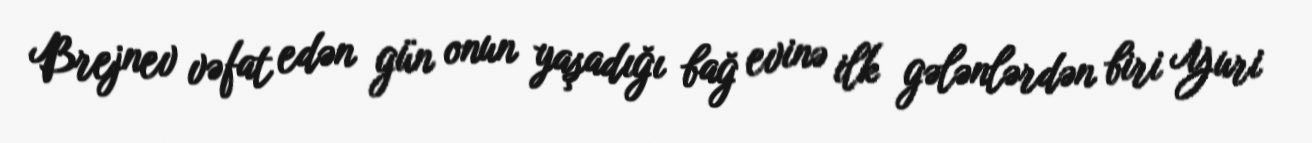
Brejnev vəfat edən gün onun yaşadığı bağ evinə ilk gələnlərdən biri Yuri